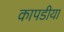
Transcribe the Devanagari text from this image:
कापडीया